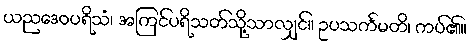
ယညဒေဝပရိသံ၊ အကြင်ပရိသတ်သို့သာလျှင်။ ဥပသင်္ကမတိ၊ ကပ်၏။